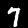
Digit: 7